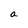
Character: a